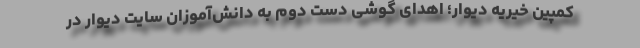
کمپین خیریه دیوار؛ اهدای گوشی دست دوم به دانش‌آموزان سایت دیوار در